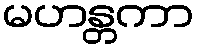
မဟန္တကာ